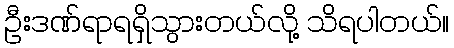
ဦးဒဏ်ရာရရှိသွားတယ်လို့ သိရပါတယ်။